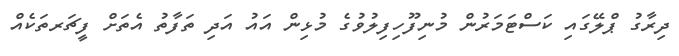
ދިރާގު ޕްލޭގައި ކަސްޓަމަރުން މުނިފޫހިފިލުވުގެ މުޅިން އައު އަދި ތަފާތު އެތަށް ފީޗަރތަކެއް